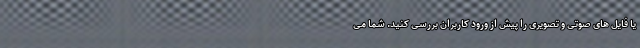
یا فایل های صوتی و تصویری را پیش از ورود کاربران بررسی کنید. شما می